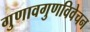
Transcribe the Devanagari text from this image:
गुणावगुणविवेचन